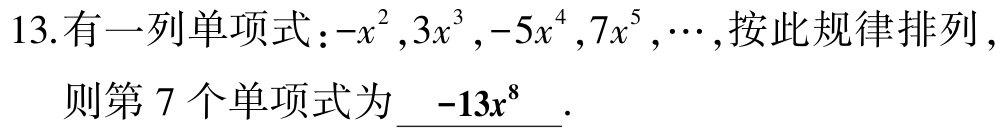
13.有一列单项式：\(-x^{2},3x^{3},-5x^{4},7x^{5},\cdots\)，按此规律排列，则第 7 个单项式为\(\underline{-13x^{8}}\).